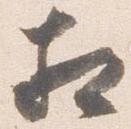
相